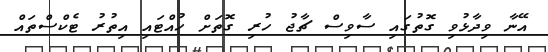
އޭނާ ވިދާޅުވި ގޮތުގައި ސާވިސް ޗާޖު ހުރި ގޮތަށް ހުއްޓައި އިތުރު ޓެކްސްތައް